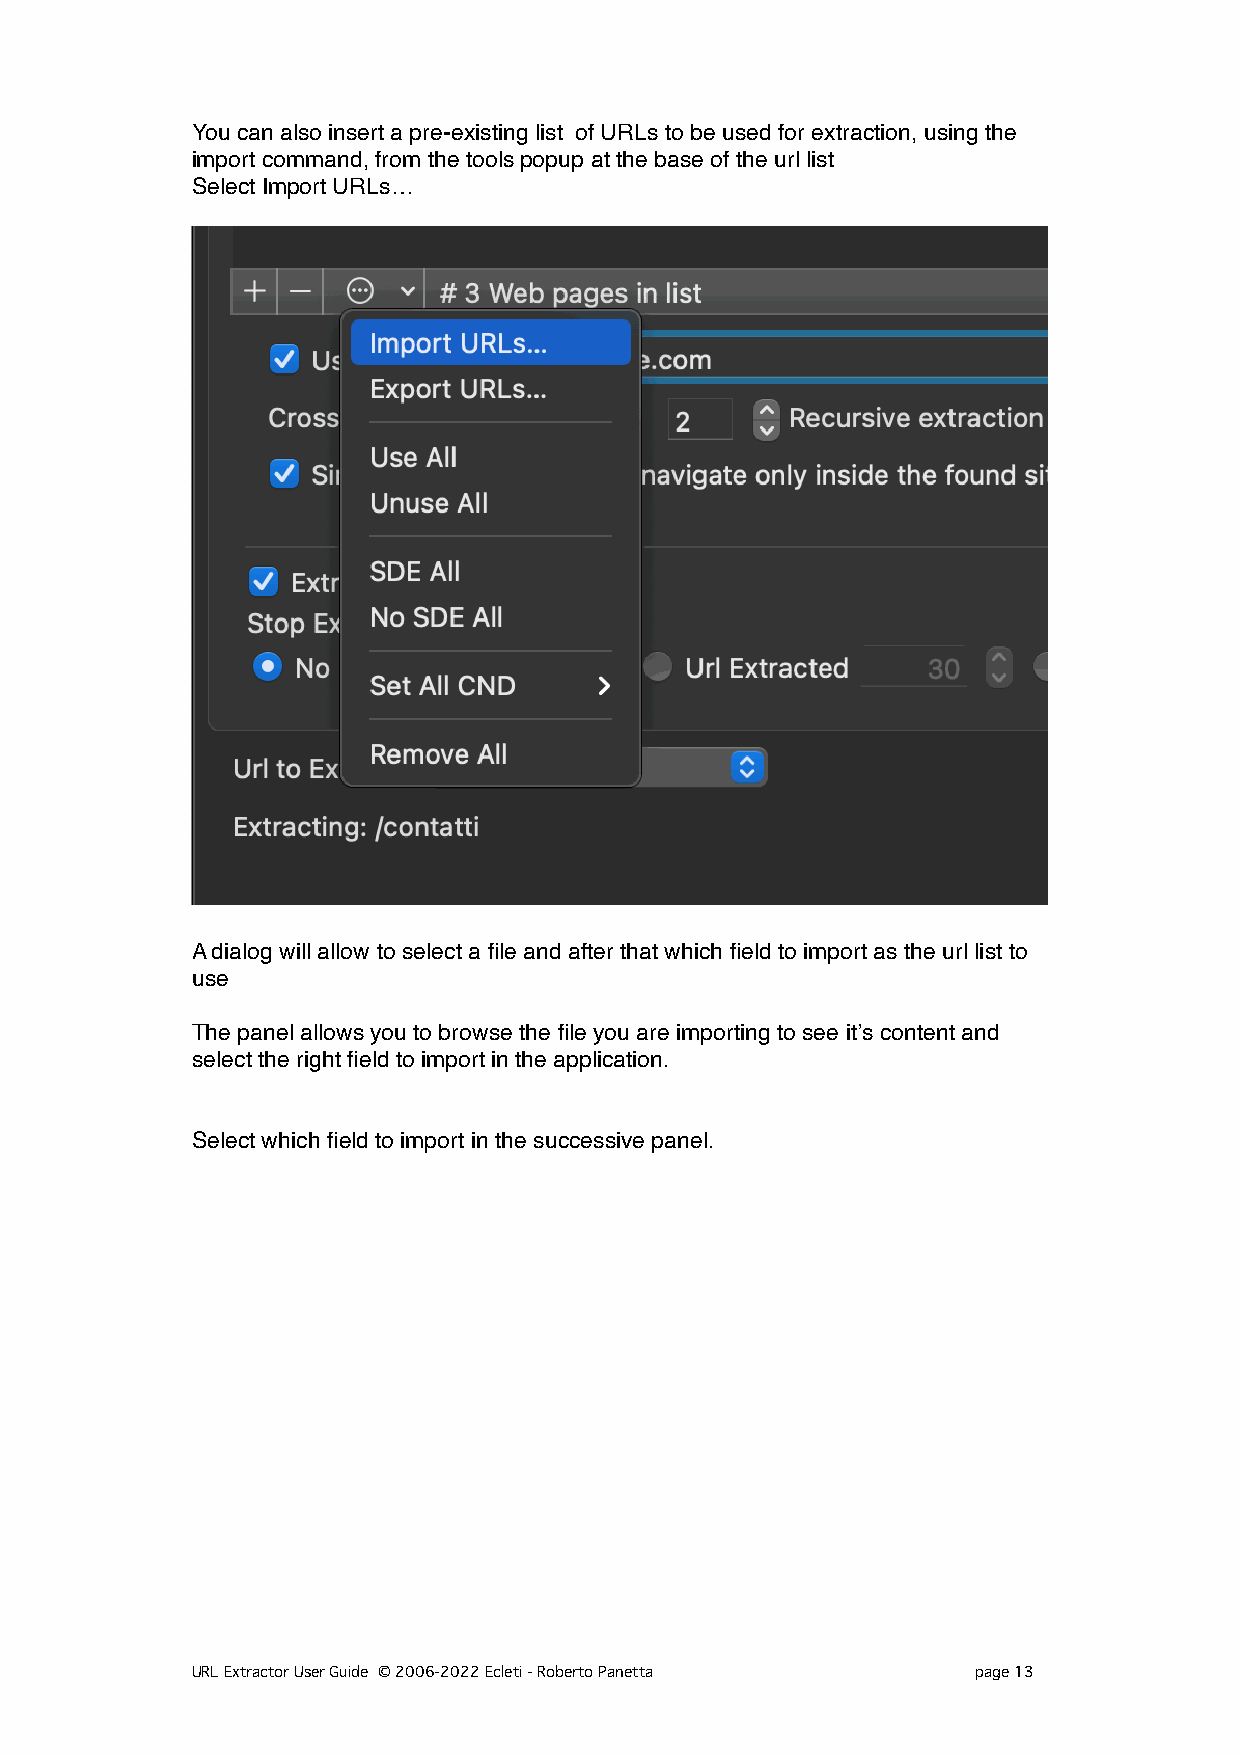
You can also insert a pre-existing list of URLs to be used for extraction, using the
 import command, from the tools popup at the base of the url list
 Select Import URLs…
 A dialog will allow to select a file and after that which field to import as the url list to
 use
 The panel allows you to browse the file you are importing to see it’s content and
 select the right field to import in the application.
 Select which field to import in the successive panel.
 URL Extractor User Guide © 2006-2022 Ecleti - Roberto Panetta page 13